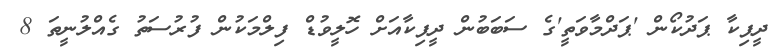
ދީޕިކާ ޕަދުކޯން 'ޕަދްމާވަތީ'ގެ ސަބަބުން ދީޕިކާއަށް ހޮލީވުޑް ފިލްމަކުން ފުރުސަތު ގެއްލުނީތަ 8